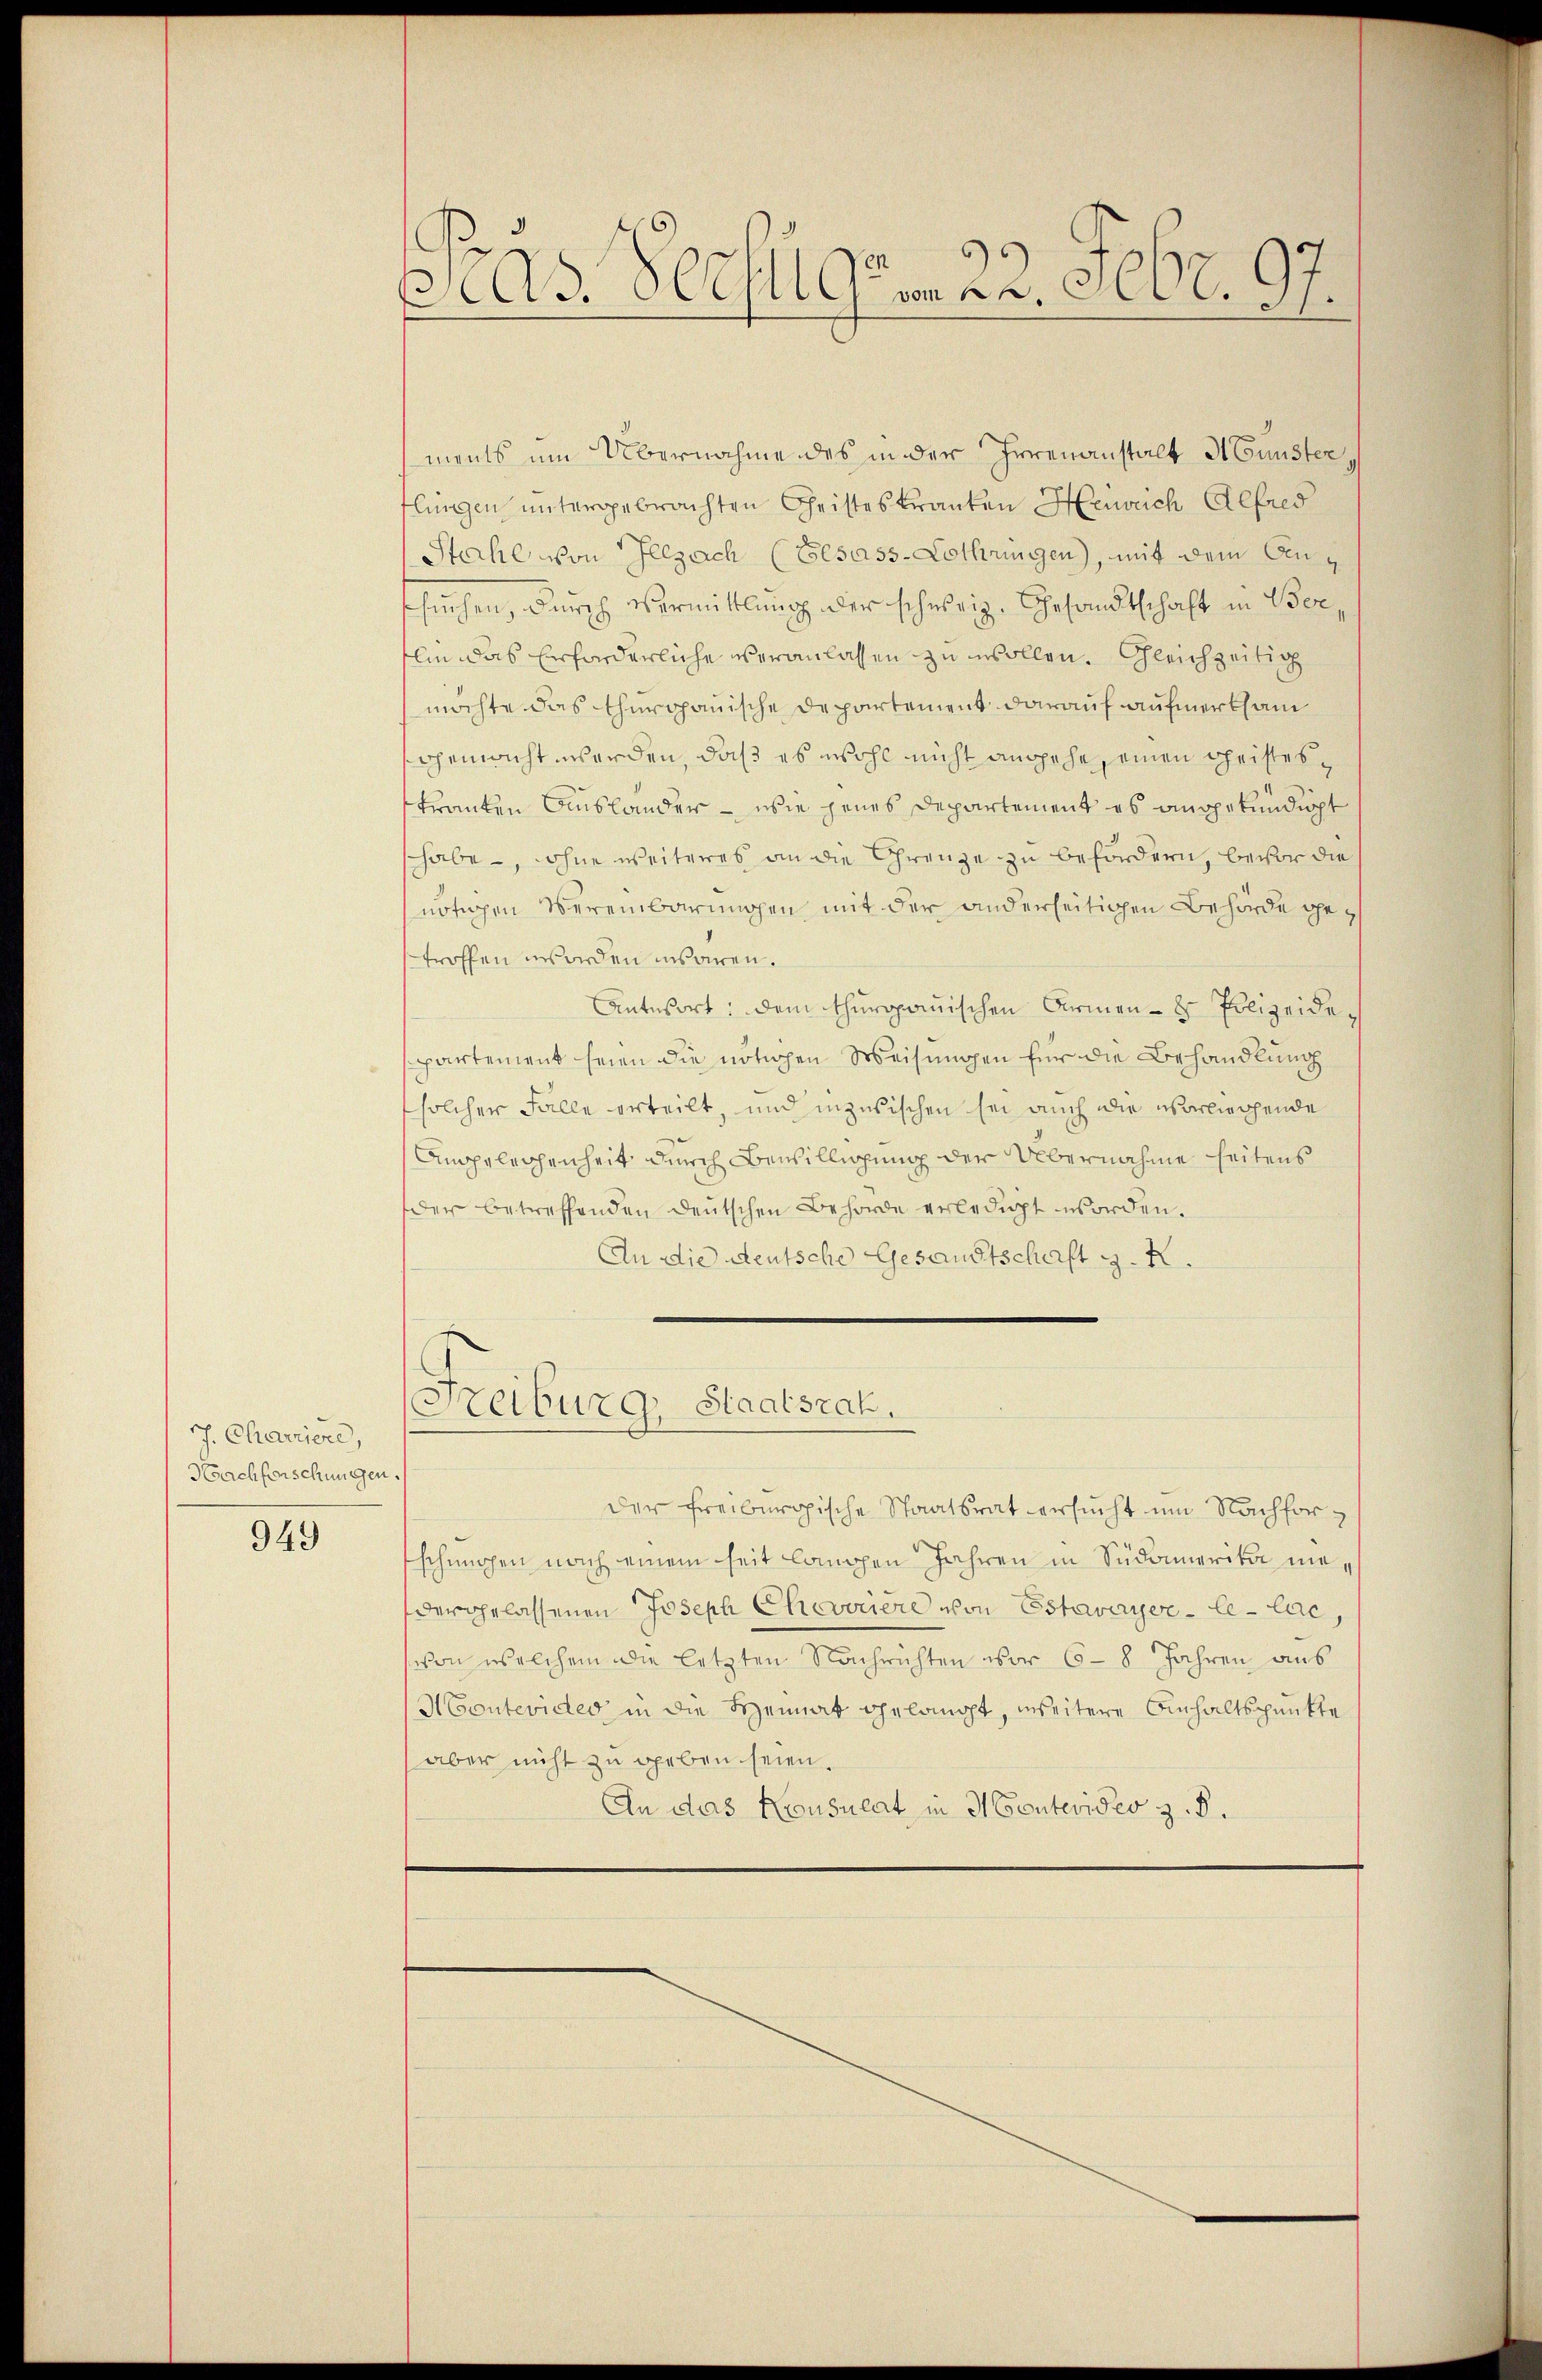
J. Charriere,
d
Nachforschungen.

949

Pras Verfügen 22. Febr. 97.

ments um Übernahme des in der Irrenanstalt A Gunster,
flingen untergebrachten Christeskranken Heinrich Alfred
Stahl von Illzach (Besass-Lothringen, mit dem Anssuchen, durch Vermittlung der schweiz. Gesandtschaft in Berlin das erforderliche veranlassen zu wollen. Gleichzeitig
möchte das thurgauische Departement darauf aufmerksam
gemacht werden, daß es wohl nicht ansehe einen Geisteskranken Auslander – wie jenes Departement es angekündigt
shabe, ohne weiteres an die Grenze zu befördern, bevor die
nötigen Vereinbarungen mit der anderseitigen Behörde getroffen worden insoren.
Antwort: dem thurgauischen Armen- & Polizeidespartement seien die nötigen Weisungen für die Behandlung
solcher Falle erteilt, und inzwischen sei auch die vorliegende
Ampelechenheit durch Bewilligung der Übernahme heitens
der betreffenden deutschen Behörde erledigt worden.
An die deutsche Gesandtschaft z. R.

Freiburg, Staatsrat.

der Freiburgische Staatsrat ersŭcht um Nachforschuhen nach einem seit langen Jahren in Südamerika mevergelassenen Joseph Chevouiere von Estavayer-le-lac,
von welchem die letzten Nachrichten vor 6 - 8 Jahren aus
Montevictes in die Heimat gelangt, weitere Einhaltspunkte
aber nicht zu geben seien.
An das Konsulat in Montevideo z. B.